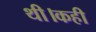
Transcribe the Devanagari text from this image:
थी।कही